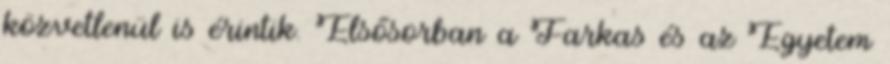
közvetlenül is érintik. Elsősorban a Farkas és az Egyetem